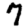
Digit: 7